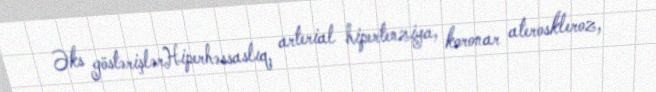
Əks göstərişlərHiperhəssaslıq, arterial hipertenziya, koronar ateroskleroz,